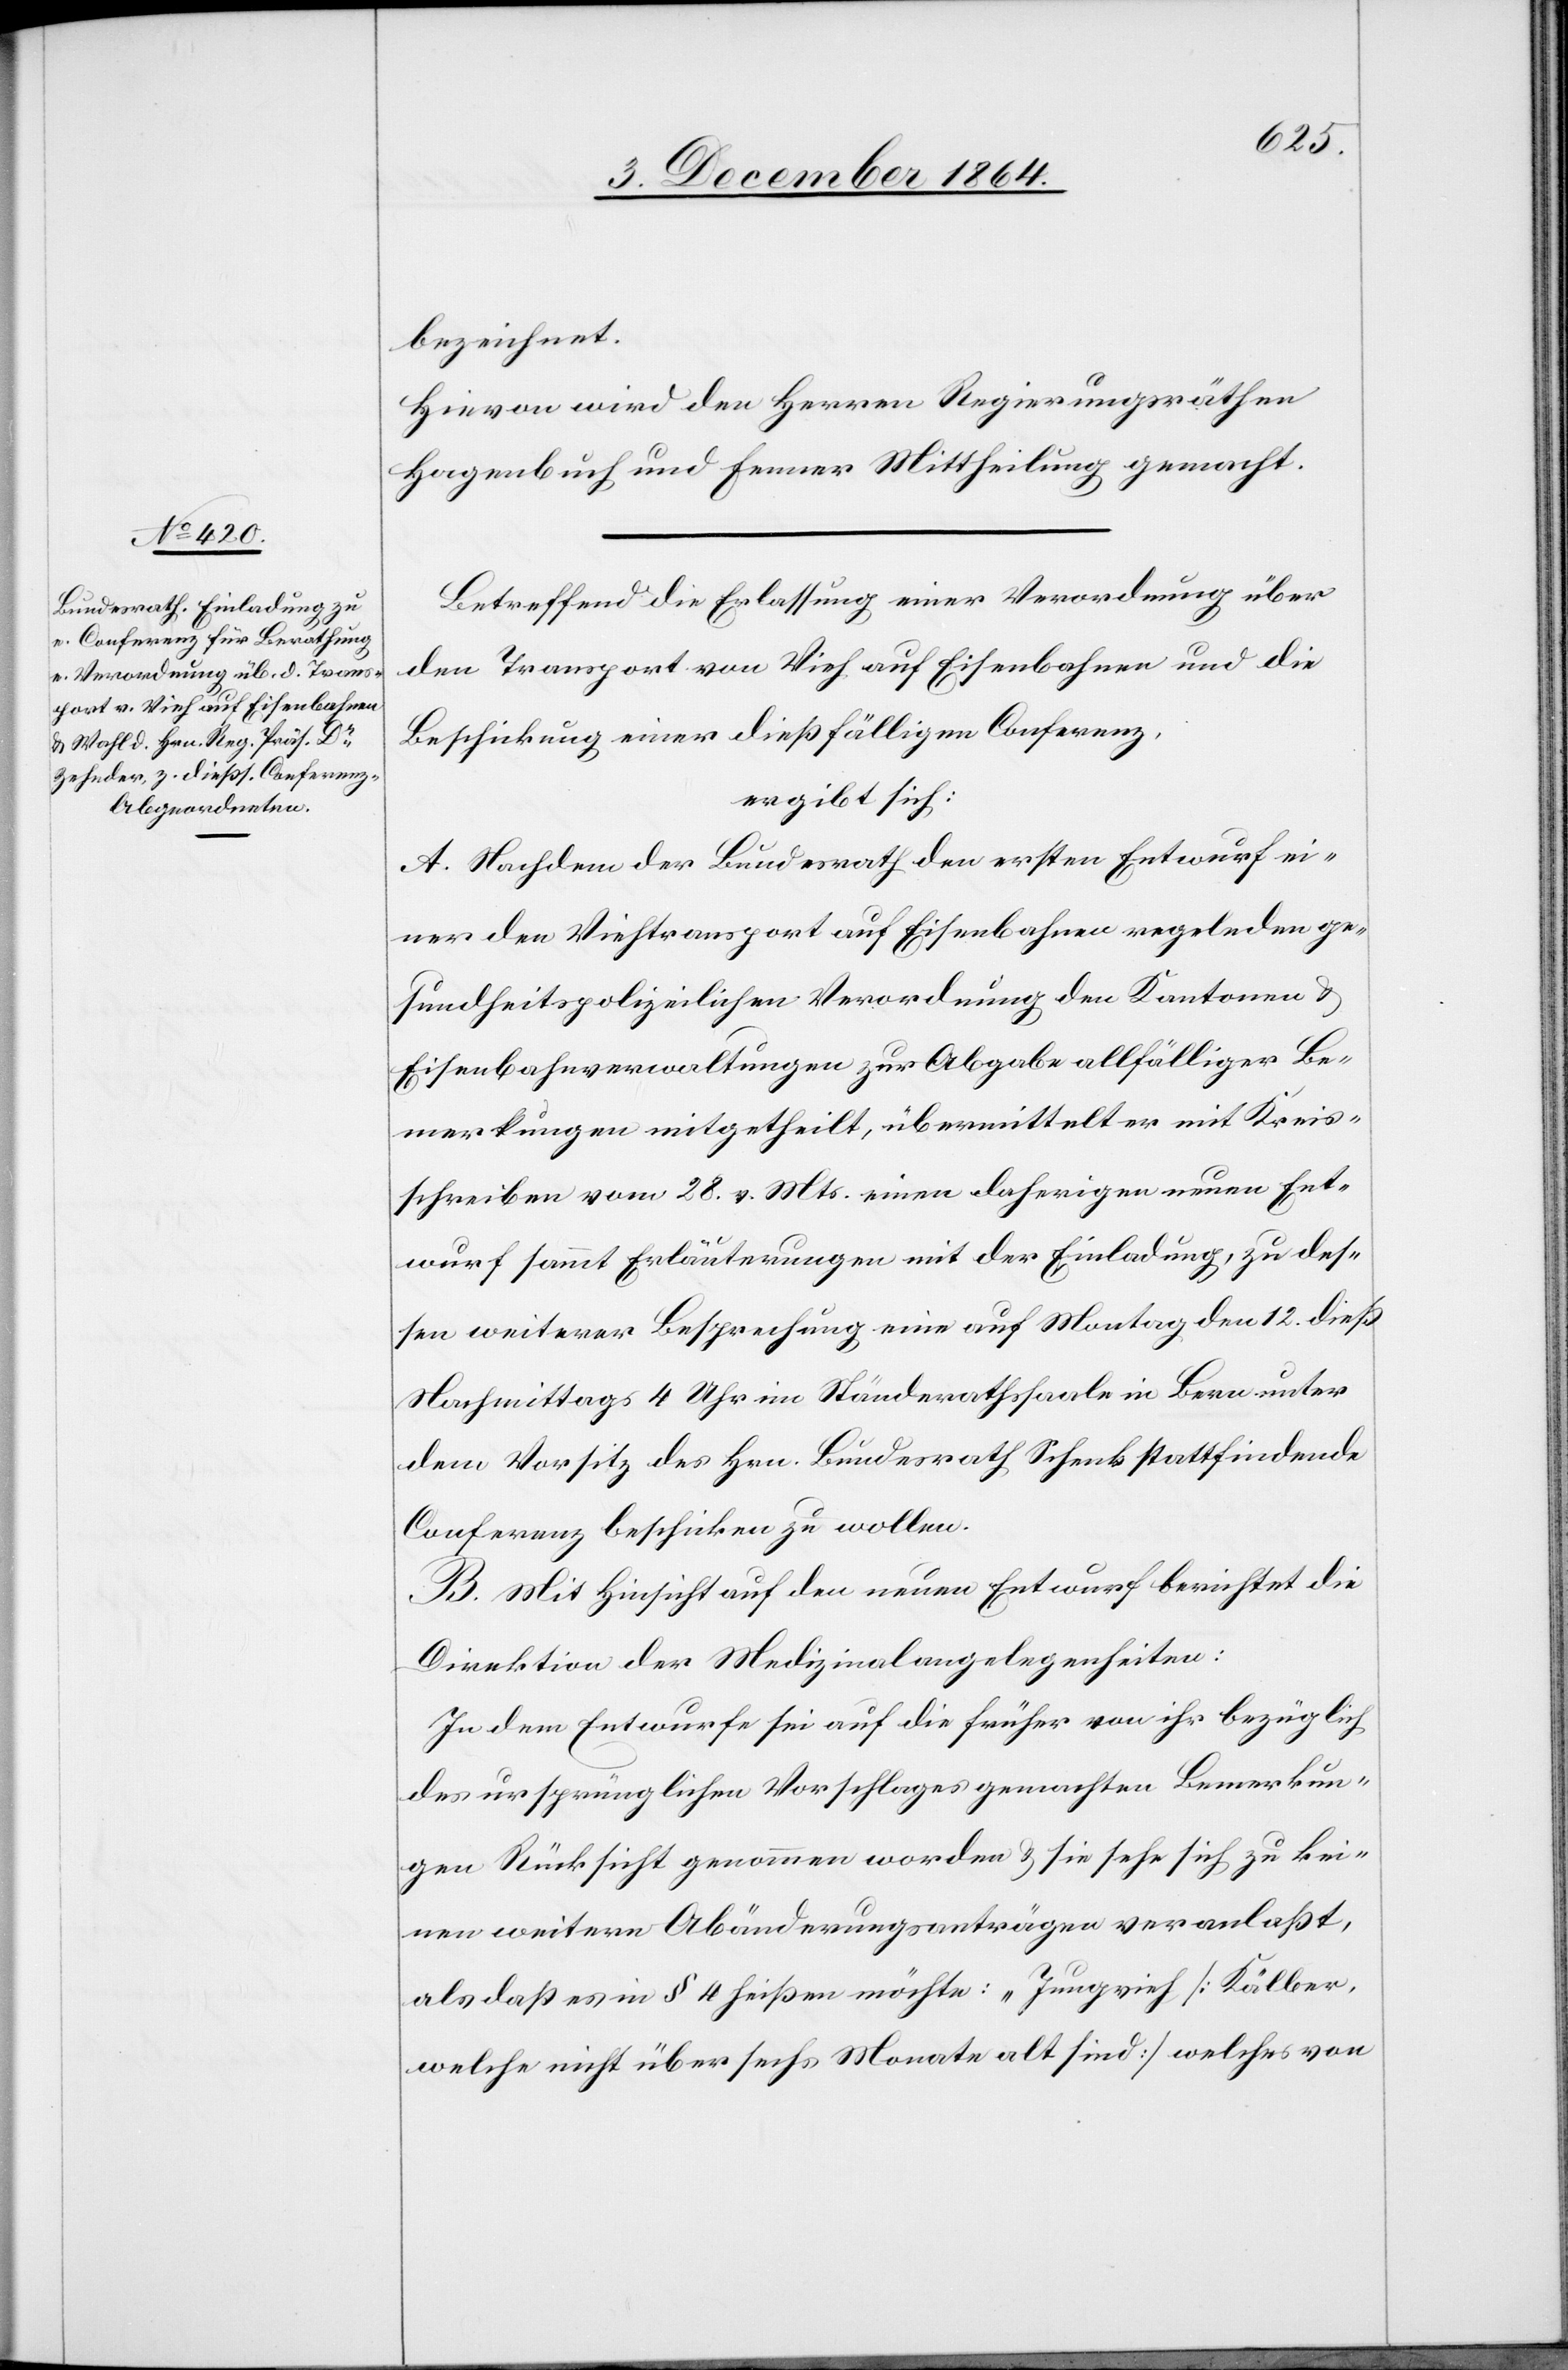
bezeichnet.
Hievon wird den Herren Regierungsräthen
Hagenbuch und Fenner Mittheilung gemacht.
Betreffend die Erlassung einer Verordnung über
den Transport von Vieh auf Eisenbahnen und die
Beschickung einer dießfälligen Conferenz,
ergibt sich:
A. Nachdem der Bundesrath den ersten Entwurf ei¬
ner den Viehtransport auf Eisenbahnen regelnden ge¬
sundheitspolizeilichen Verordnung den Kantonen &
Eisenbahnverwaltungen zur Abgabe allfälliger Be¬
merkungen mitgetheilt, übermittelt er mit Kreis¬
schreiben vom 28. v. Mts. einen daherigen neuen Ent¬
wurf sammt Erläuterungen mit der Einladung, zu des¬
sen weiterer Besprechung eine auf Montag den 12. dieß
Nachmittags 4 Uhr im Ständerathssaale in Bern unter
dem Vorsitz des Hrn. Bundesrath Schenk stattfindende
Conferenz beschicken zu wollen.
B. Mit Hinsicht auf den neuen Entwurf berichtet die
Direktion der Medizinalangelegenheiten:
In dem Entwurfe sei auf die früher von ihr bezüglich
des ursprünglichen Vorschlages gemachten Bemerkun¬
gen Rücksicht genommen worden & sie sehe sich zu kei¬
nen weitern Abänderungsanträgen veranlaßt,
als daß es in § 4 heißen möchte: „Jungvieh [Kälber,
welche nicht über sechs Monate alt sind] welches von